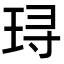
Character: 𬍤